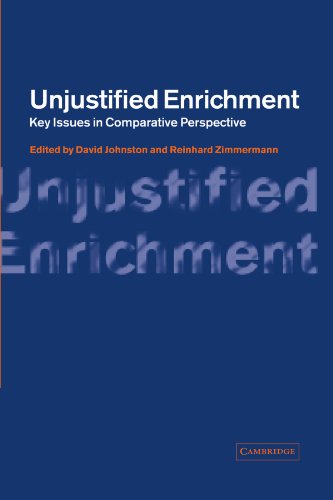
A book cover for Unjustified Enrichment: Key Issues in Comparative Perspective; Law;